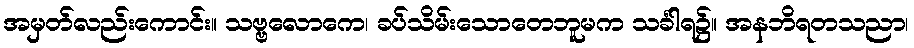
အမှတ်လည်းကောင်း။ သဗ္ဗလောကေ၊ ခပ်သိမ်းသောတေဘူမက သင်္ခါရ၌။ အနဘိရတသညာ၊